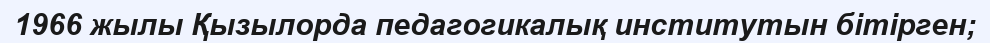
1966 жылы Қызылорда педагогикалық институтын бітірген;